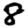
Digit: 8